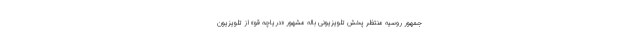
جمهور روسیه منتظر پخش تلویزیونی باله مشهور «دریاچه قو» از تلویزیون